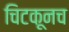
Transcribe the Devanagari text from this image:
चिटकूनच